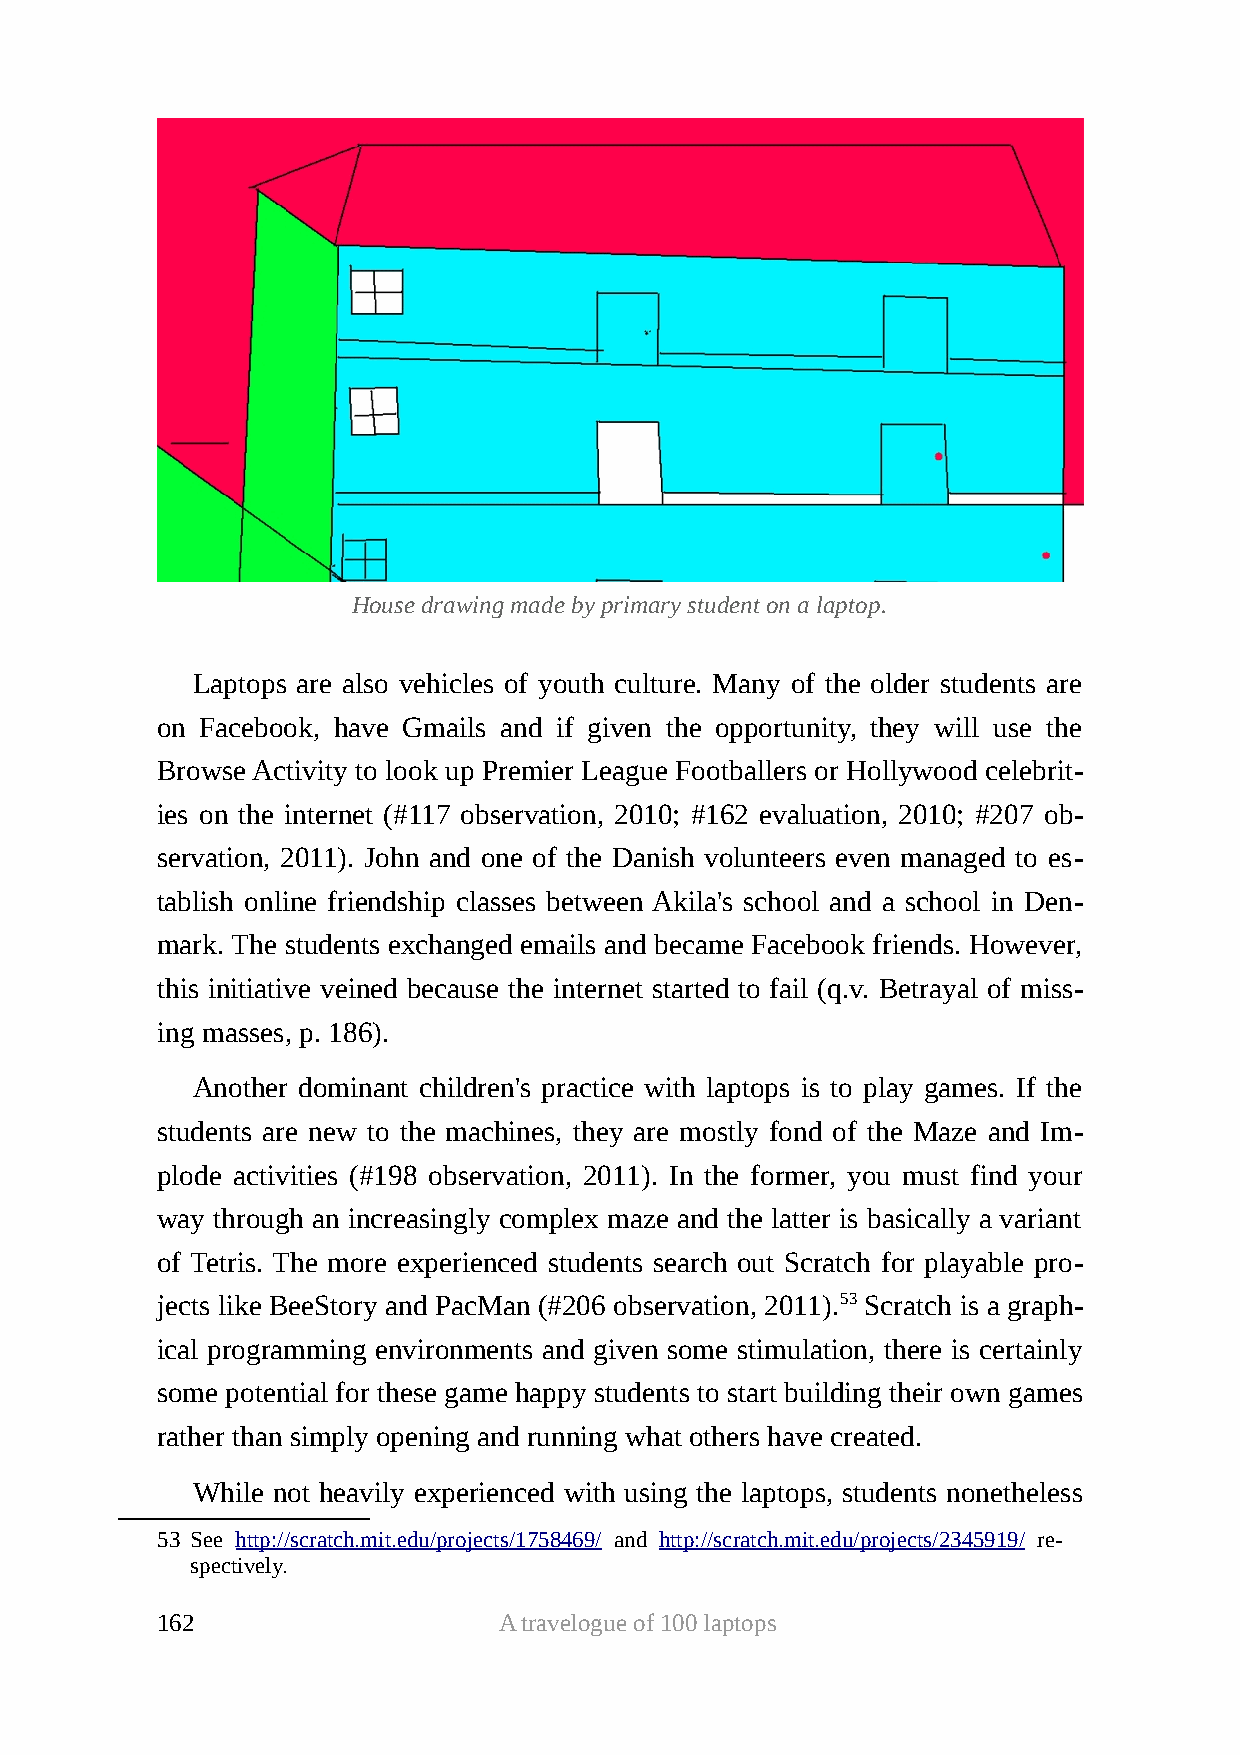
House drawing made by primary student on a laptop.
 Laptops are also vehicles of youth culture. Many of the older students are
 on Facebook, have Gmails and if given the opportunity, they will use the
 Browse Activity to look up Premier League Footballers or Hollywood celebrit-
 ies on the internet (#117 observation, 2010; #162 evaluation, 2010; #207 ob-
 servation, 2011). John and one of the Danish volunteers even managed to es-
 tablish online friendship classes between Akila's school and a school in Den-
 mark. The students exchanged emails and became Facebook friends. However,
 this initiative veined because the internet started to fail (q.v. Betrayal of miss-
 ing masses, p. 186).
 Another dominant children's practice with laptops is to play games. If the
 students are new to the machines, they are mostly fond of the Maze and Im-
 plode activities (#198 observation, 2011). In the former, you must find your
 way through an increasingly complex maze and the latter is basically a variant
 of Tetris. The more experienced students search out Scratch for playable pro-
 jects like BeeStory and PacMan (#206 observation, 2011).53 Scratch is a graph-
 ical programming environments and given some stimulation, there is certainly
 some potential for these game happy students to start building their own games
 rather than simply opening and running what others have created.
 While not heavily experienced with using the laptops, students nonetheless
 53 See http://scratch.mit.edu/projects/1758469/ and http://scratch.mit.edu/projects/2345919/ re-
 spectively.
 162                    A travelogue of 100 laptops